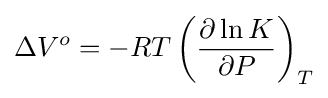
\Delta V^{o}=-RT\left({\frac {\partial \ln K}{\partial P}}\right)_{T}